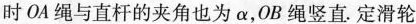
时OA绳与直杆的夹角也为α，OB绳竖直.定滑轮